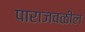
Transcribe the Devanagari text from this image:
पाराजवळील